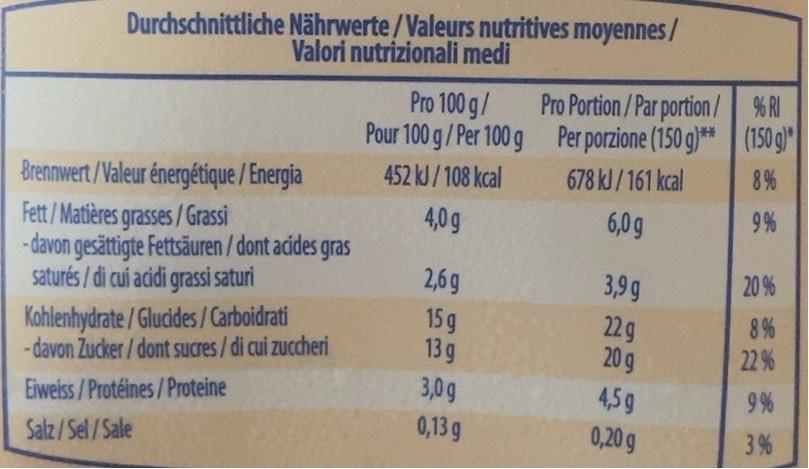
Durchschnittliche Nährwerte/Valeurs nutritives moyennes/ Valori nutrizionali medi
Pro Portion/Par portion/ %RI Pour 100 g/Per 100 g Per porzione (150 g)** (150 g)" 678 kl/161 kcal
Pro 100 g/
452 kJ/108 kcal
8%
Brennwert/Valeur énergétique / Energia Fett / Matières grasses/Grassi - davon gesättigte Fettsäuren / dont acides gras saturés / di cui acidi grassi saturi
4,0g
6,0g
9%
2,6 g
3,99
20 %
8%
Kohlenhydrate /Glucides /Carboidrati - davon Zucker/ dont sucres/di cui zuccheri
15 g 13 g 3,0g 0,13 g
22g 20g
22 %
4,5g
9%
Eiweiss / Protéines/Proteine
0,20g
3%
Salz/Sel/Sale